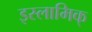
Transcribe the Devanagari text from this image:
इस्लामिक्